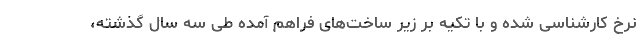
نرخ کارشناسی شده و با تکیه بر زیر ساخت‌های فراهم آمده طی سه سال گذشته،